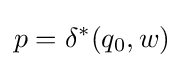
p=\delta ^{*}(q_{0},w)